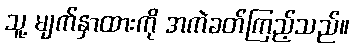
သူ့ မျက်နှာထားကို အကဲခတ်ကြည့်သည်။